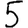
Digit: 5